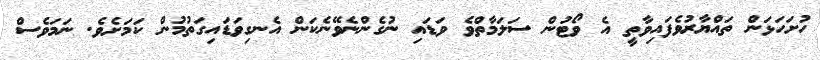
ހުށަހަޅަން ތައްޔާރުވެފައިވާތީ އެ ވޯޓުން ސަލަމާތްވެ ވަޑައި ނުގެންނެވޭނެކަން އެނގިވަޑައިގަތުމުން ކަމަށެވެ. ނަމަވެސް